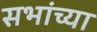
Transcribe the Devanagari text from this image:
सभांच्या